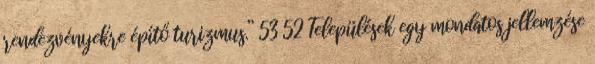
rendezvényekre építő turizmus.” 53 52 Települések egy mondatos jellemzése